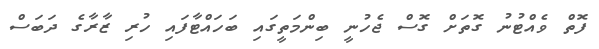
ފޮތް ވެއްޓުނު ގޮތަށް ގޮސް ޖެހުނީ ބިންމަތީގައި ބަހައްޓާފައި ހުރި ޒާރާގެ ދަބަސް